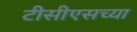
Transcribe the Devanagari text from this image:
टीसीएसच्या